Indian Medical Review
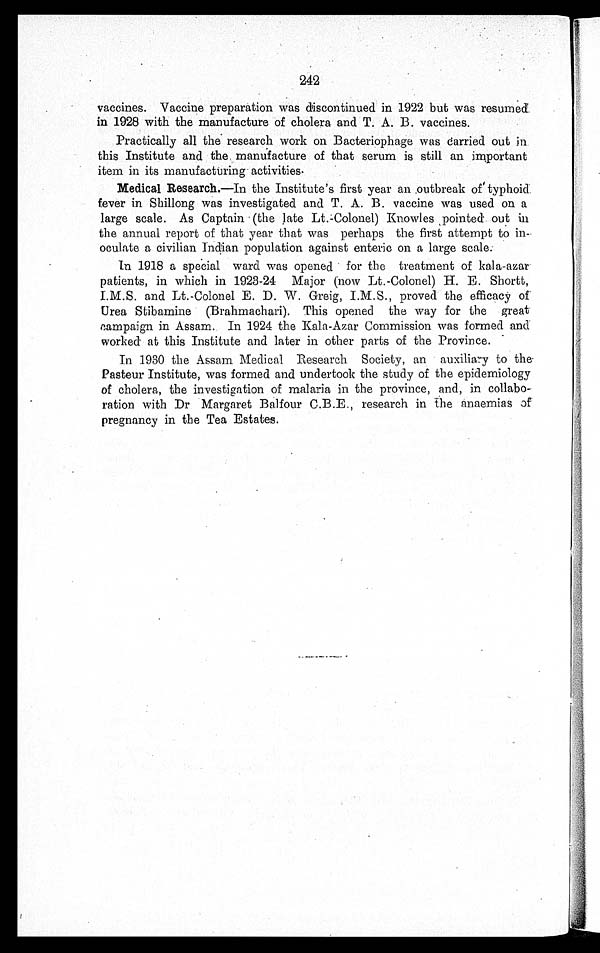
242
vaccines. Vaccine preparation was discontinued in 1922 but was resumed
in 1928 with the manufacture of cholera and T. A. B. vaccines.
Practically all the research work on Bacteriophage was carried out in
this Institute and the manufacture of that serum is still an important
item in its manufacturing activities.
Medical Research.—In the Institute's first year an outbreak of typhoid
fever in Shillong was investigated and T. A. B. vaccine was used on a
large scale. As Captain (the late Lt.Colonel) Knowles pointed out in
the annual report of that year that was perhaps the first attempt to in-
oculate a civilian Indian population against enteric on a large scale.
In 1918 a special ward was opened for the treatment of kala-azar
patients, in which in 1923-24 Major (now Lt.-Colonel) H. E. Shortt,
I.M.S. and Lt.-Colonel E. D. W. Greig, I.M.S., proved the efficacy of
Urea Stibamine (Brahmachari). This opened the way for the great
c
1
d
later in otary to the
Pasteur Institute, was formed and undertook the study of the epidemiology
of cholera, the investigation of malaria in the province, and, in collabo-
ration with Dr Margaret Balfour C.B.E., research in the anaemias of
pregnancy in the Tea Estates.